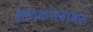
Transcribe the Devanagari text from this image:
लैंगिकतेबाबत